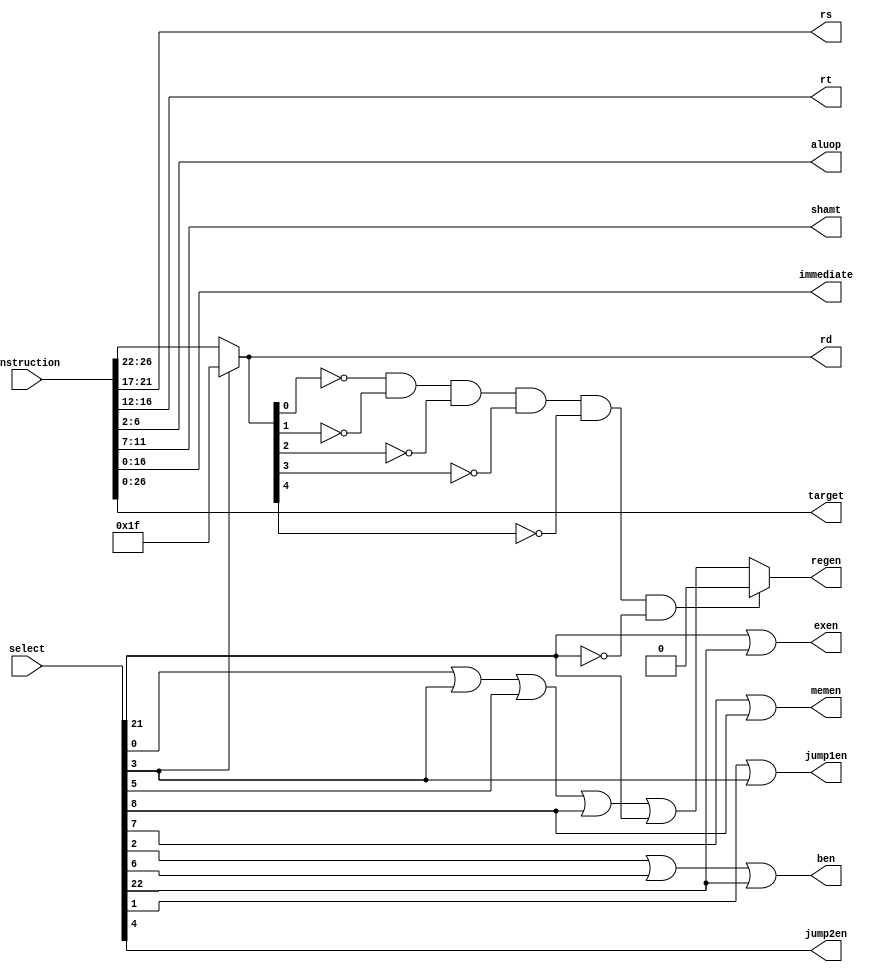
module typeSelector(select, instruction, jump1en, jump2en, regen, memen, ben, exen, rd, rs, rt, aluop, shamt, immediate, target);
	input [31:0] instruction;
	input [31:0] select; // Decoded Instructions
	//input [3:0]  type;
	
	output jump1en, jump2en, regen, memen, ben, exen;
	output [4:0] aluop, rd, rs, rt, shamt;
	output [26:0] target;
	output [16:0] immediate;
	
	// Common Values
	// assign rd = instruction[26:22];
	wire [4:0] rdnorm;
	assign rdnorm = instruction[26:22];
	assign rd = select[3] ? 5'b11111:rdnorm;
	assign rs = instruction[21:17];
	
	// Don't write at 0, note, select 21 is different because it defaults to setx
	wire regat0;
	and andregat0(regat0, ~rd[0], ~rd[1], ~rd[2], ~rd[3], ~rd[4], ~select[21]);
	
	// 0- R Type instruction, registers
	// 1- J Type, Jump to T
	// 2- I Type, Branch Not Equal
	// 3- JI Type, Jump and Link
	// 4- JII Type, Jump Return
	// 5- I Type, Add Immediate
	// 6- I Type, Branch Less Than
	// 7- I Type, Store Word
	// 8- I Type, Load Word
	// 21- JI Type, Setx
	// 22- JI Type, Bex
	
	// Write to Reg- R, Addi, Jump and Link, Load Word, Sext 
	wire regenimm;
	or orreg(regenimm, select[0], select[3], select[5], select[8], select[21]);
	assign regen = regat0 ? 1'b0:regenimm;
	assign rt = instruction[16:12];
	
	assign shamt = instruction[11:7];
	assign aluop = instruction[6:2];
	
	or ormemen(memen, select[7], select[8]);
	assign immediate = instruction[16:0];
	
	// Branch
	or orben(ben, select[2], select[6], select[22]);
	
	// Jump
	or orjump1en(jump1en,select[1],select[3]);
	assign target = instruction[26:0];

	// Exceptions
	or orexen(exen, select[21], select[22]);
	assign jump2en = select[4];

endmodule